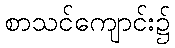
စာသင်ကျောင်း၌